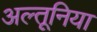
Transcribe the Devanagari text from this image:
अल्तूनिया